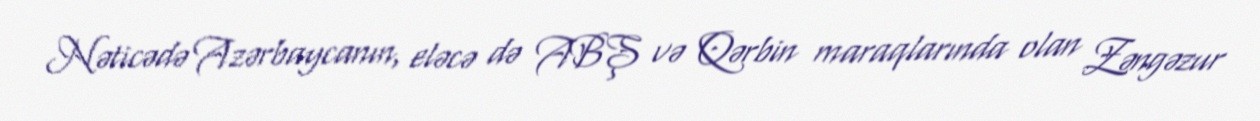
Nəticədə Azərbaycanın, eləcə də ABŞ və Qərbin maraqlarında olan Zəngəzur